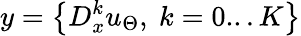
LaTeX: y=\left\{ D_{x}^{k}u_{\Theta},\ k=0...K\right\}